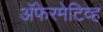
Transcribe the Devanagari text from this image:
अॅफेरमेटिव्ह